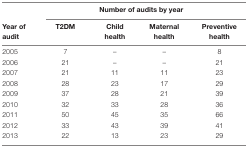
<table><thead><tr><td></td><td colspan="4"><b>Number of audits by year</b></td></tr><tr><td><b>Year of audit</b></td><td><b>T2DM</b></td><td><b>Child health</b></td><td><b>Maternal health</b></td><td><b>Preventive health</b></td></tr></thead><tbody><tr><td>2005</td><td>7</td><td>–</td><td>–</td><td>8</td></tr><tr><td>2006</td><td>21</td><td>–</td><td>–</td><td>21</td></tr><tr><td>2007</td><td>21</td><td>11</td><td>11</td><td>23</td></tr><tr><td>2008</td><td>28</td><td>23</td><td>17</td><td>29</td></tr><tr><td>2009</td><td>37</td><td>28</td><td>21</td><td>39</td></tr><tr><td>2010</td><td>32</td><td>33</td><td>28</td><td>36</td></tr><tr><td>2011</td><td>50</td><td>45</td><td>35</td><td>66</td></tr><tr><td>2012</td><td>33</td><td>43</td><td>39</td><td>41</td></tr><tr><td>2013</td><td>22</td><td>13</td><td>23</td><td>29</td></tr></tbody></table>